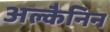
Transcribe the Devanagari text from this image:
अल्कैनिन